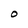
Character: O